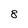
Character: 8